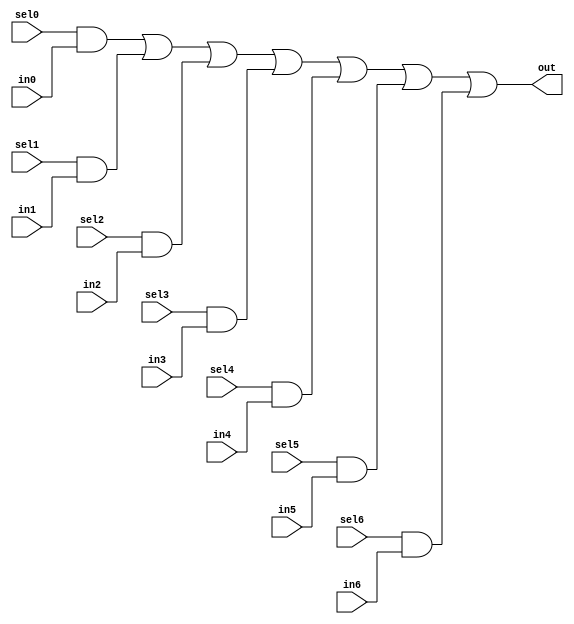
// This program was cloned from: https://github.com/siliconcompiler/lambdalib
// License: MIT License

//#############################################################################
//# Function: 7-Input one-hot mux                                             #
//# Copyright: Lambda Project Authors. All rights Reserved.                   #
//# License:  MIT (see LICENSE file in Lambda repository)                     #
//#############################################################################

module la_dmux7 #(
    parameter PROP = "DEFAULT"  // cell property
) (
    input  sel6,
    input  sel5,
    input  sel4,
    input  sel3,
    input  sel2,
    input  sel1,
    input  sel0,
    input  in6,
    input  in5,
    input  in4,
    input  in3,
    input  in2,
    input  in1,
    input  in0,
    output out
);

    assign out = (sel0 & in0) |
        (sel1 & in1) |
        (sel2 & in2) |
        (sel3 & in3) |
        (sel4 & in4) |
        (sel5 & in5) |
        (sel6 & in6);

endmodule